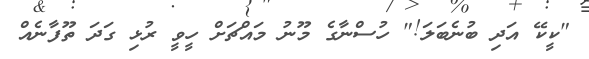
"ކީކޭ އަދި ބުނެބަލަ!" ހުސްނާގެ މޫނު މައްޗަށް ހީވީ ރުޅި ގަދަ ތޫފާނެއް